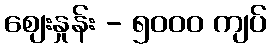
စျေးနှုန်း - ၅၀၀၀ ကျပ်